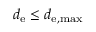
d _ { \mathrm { e } } \le d _ { \mathrm { e , m a x } }